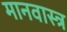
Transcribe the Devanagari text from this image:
मानवास्त्र